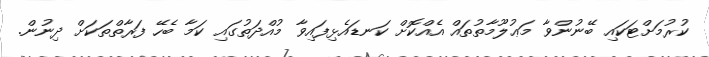
ކުރުމަށްޓަކައި ބޭނުންވާ މަޢުލޫމާތުތައް އެއްކޮށް ކަނޑައެޅިފައިވާ މުއްދަތުގައި ކަމާ ބެހޭ ފަރާތްތަކަށް ދިނުން.